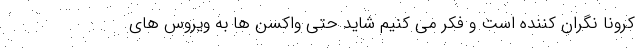
کرونا نگران کننده است و فکر می کنیم شاید حتی واکسن ها به ویروس های